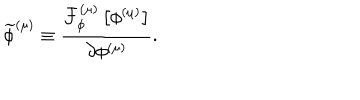
\widetilde { \phi } ^ { \left( \mu \right) } \equiv \frac { { \cal F } _ { \phi } ^ { \left( \mu \right) } \left[ \phi ^ { \left( \mu \right) } \right] } { \partial \phi ^ { \left( \mu \right) } } .